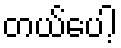
တယ်ပေါ့